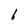
Character: 1